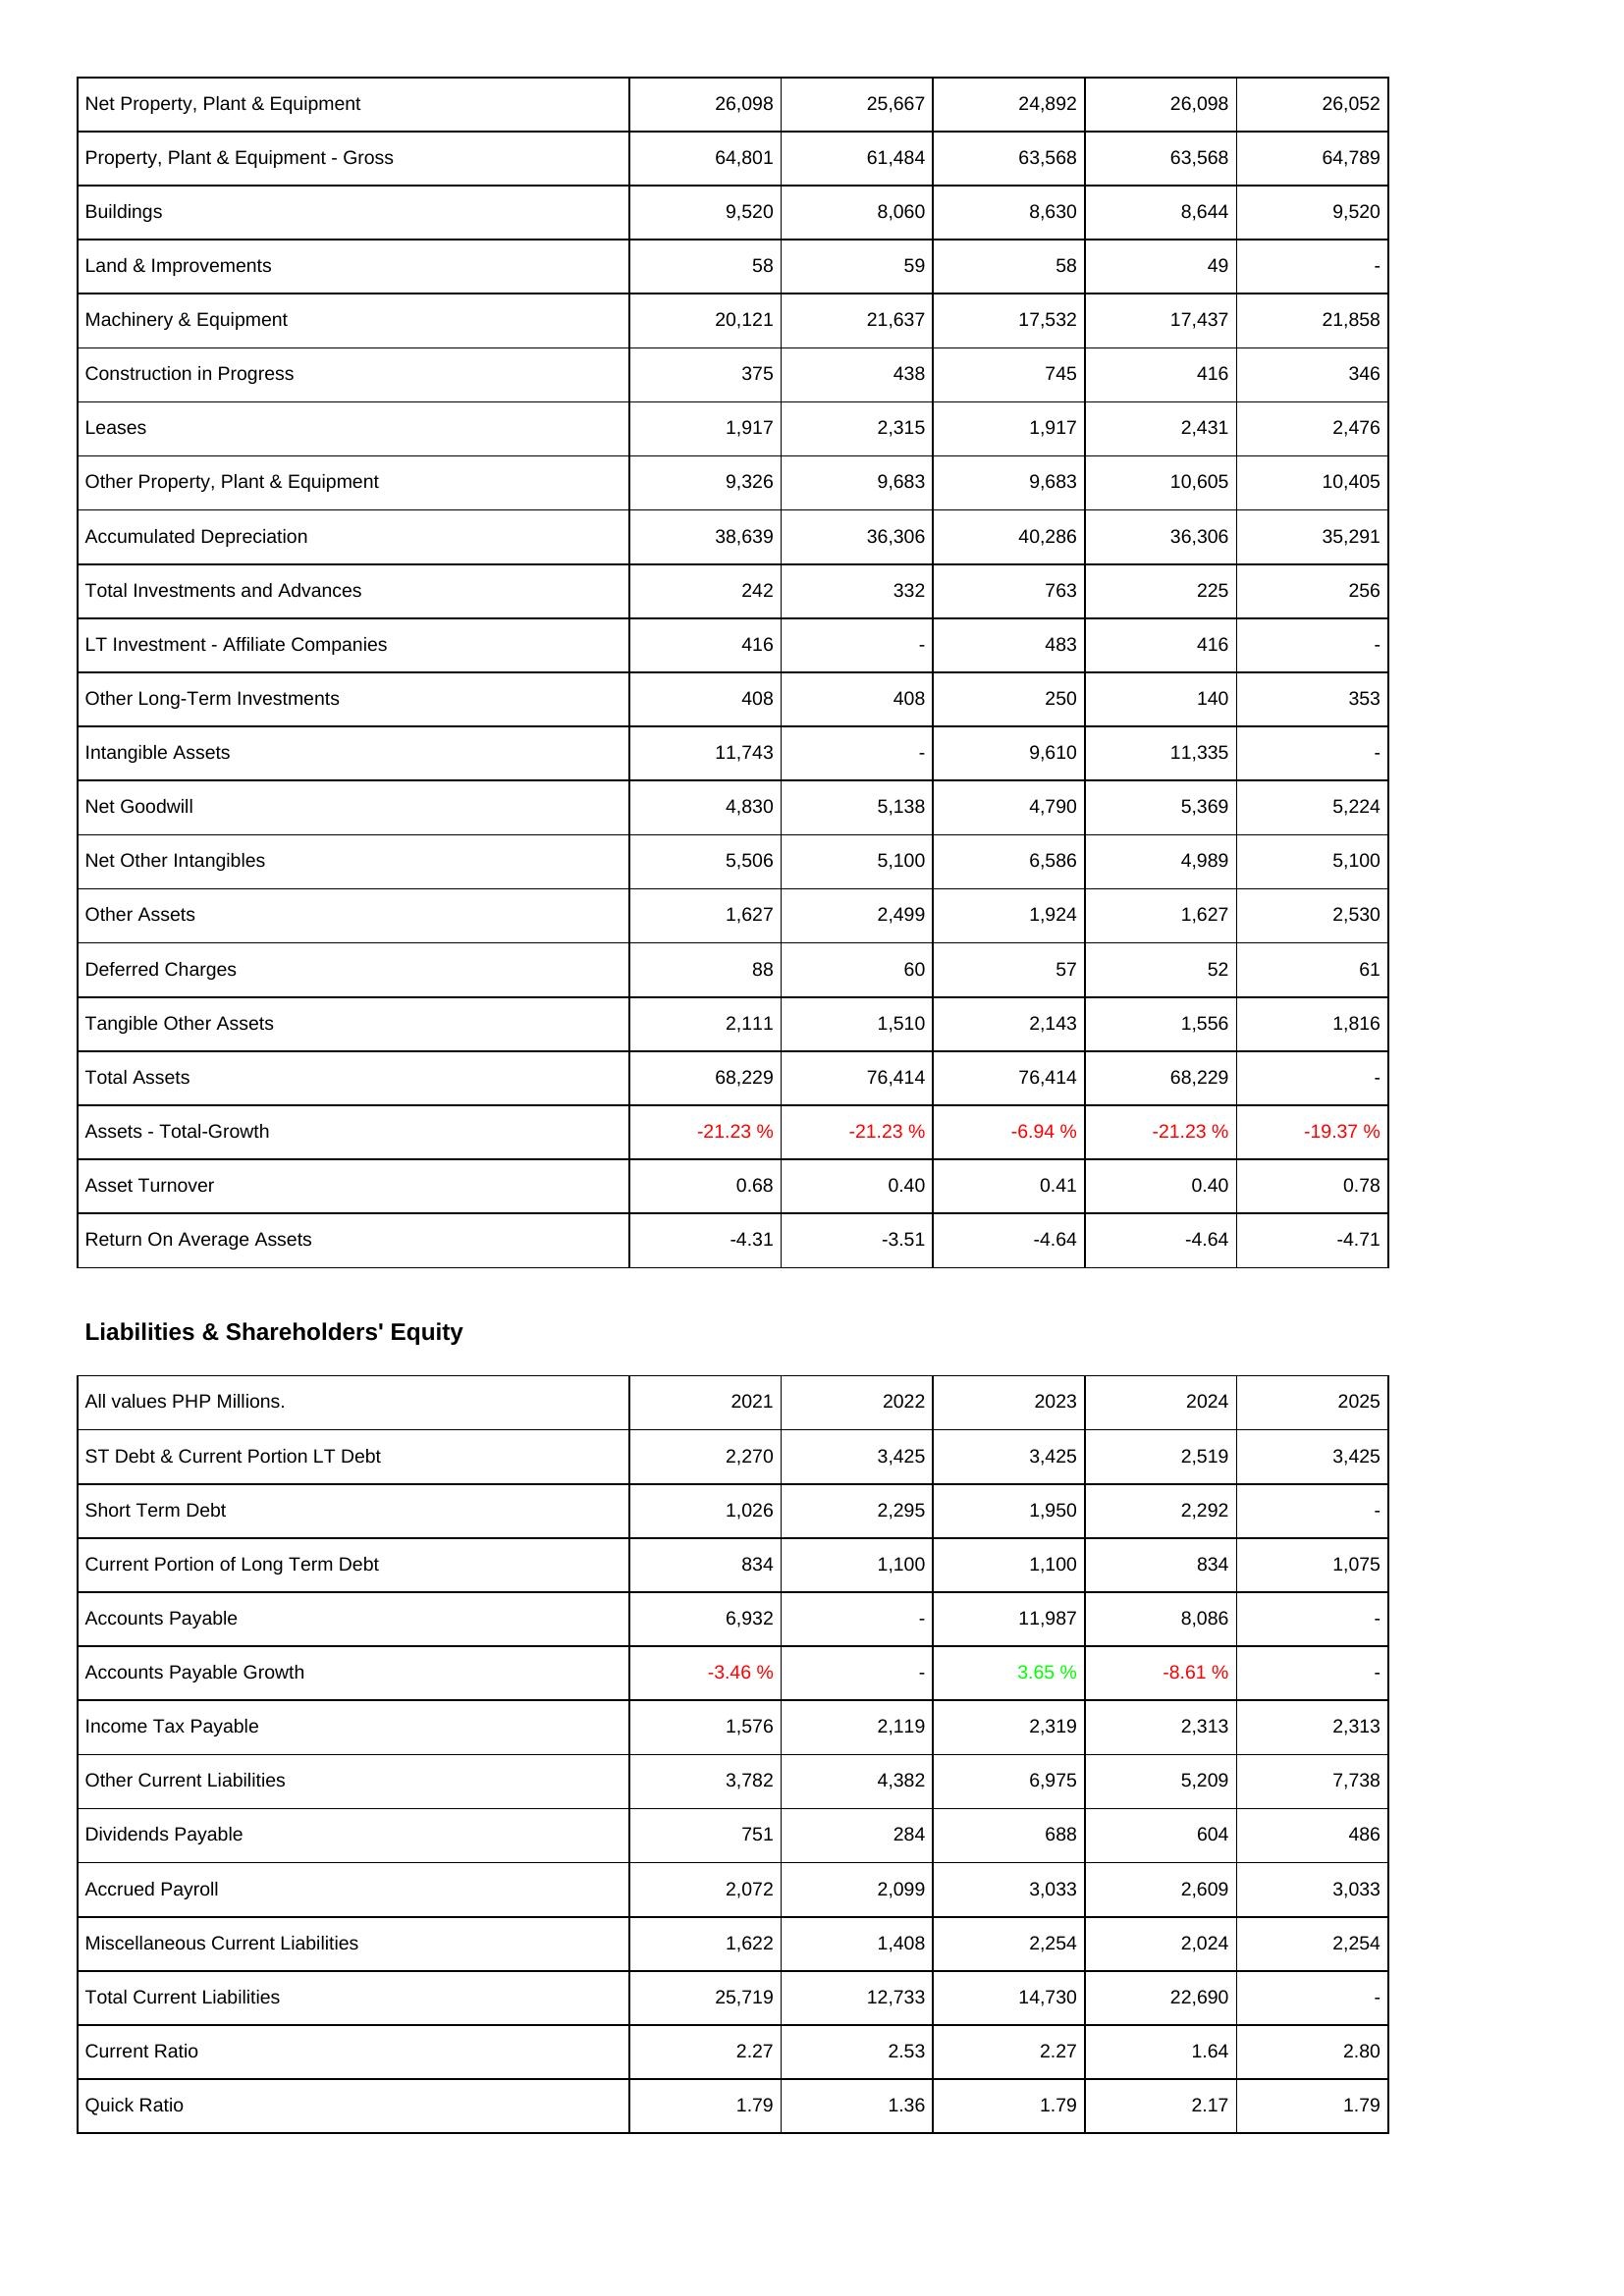
2021: Assets: Net Property, Plant & Equipment: 26,098
Property, Plant & Equipment - Gross: 64,801
Buildings: 9,520
Land & Improvements: 58
Machinery & Equipment: 20,121
Construction in Progress: 375
Leases: 1,917
Other Property, Plant & Equipment: 9,326
Accumulated Depreciation: 38,639
Total Investments and Advances: 242
LT Investment - Affiliate Companies: 416
Other Long-Term Investments: 408
Intangible Assets: 11,743
Net Goodwill: 4,830
Net Other Intangibles: 5,506
Other Assets: 1,627
Deferred Charges: 88
Tangible Other Assets: 2,111
Total Assets: 68,229
Assets - Total-Growth: -21.23 %
Asset Turnover: 0.68
Return On Average Assets: -4.31
Liabilities & Shareholders' Equity: ST Debt & Current Portion LT Debt: 2,270
Short Term Debt: 1,026
Current Portion of Long Term Debt: 834
Accounts Payable: 6,932
Accounts Payable Growth: -3.46 %
Income Tax Payable: 1,576
Other Current Liabilities: 3,782
Dividends Payable: 751
Accrued Payroll: 2,072
Miscellaneous Current Liabilities: 1,622
Total Current Liabilities: 25,719
Current Ratio: 2.27
Quick Ratio: 1.79
2022: Assets: Net Property, Plant & Equipment: 25,667
Property, Plant & Equipment - Gross: 61,484
Buildings: 8,060
Land & Improvements: 59
Machinery & Equipment: 21,637
Construction in Progress: 438
Leases: 2,315
Other Property, Plant & Equipment: 9,683
Accumulated Depreciation: 36,306
Total Investments and Advances: 332
LT Investment - Affiliate Companies: -
Other Long-Term Investments: 408
Intangible Assets: -
Net Goodwill: 5,138
Net Other Intangibles: 5,100
Other Assets: 2,499
Deferred Charges: 60
Tangible Other Assets: 1,510
Total Assets: 76,414
Assets - Total-Growth: -21.23 %
Asset Turnover: 0.40
Return On Average Assets: -3.51
Liabilities & Shareholders' Equity: ST Debt & Current Portion LT Debt: 3,425
Short Term Debt: 2,295
Current Portion of Long Term Debt: 1,100
Accounts Payable: -
Accounts Payable Growth: -
Income Tax Payable: 2,119
Other Current Liabilities: 4,382
Dividends Payable: 284
Accrued Payroll: 2,099
Miscellaneous Current Liabilities: 1,408
Total Current Liabilities: 12,733
Current Ratio: 2.53
Quick Ratio: 1.36
2023: Assets: Net Property, Plant & Equipment: 24,892
Property, Plant & Equipment - Gross: 63,568
Buildings: 8,630
Land & Improvements: 58
Machinery & Equipment: 17,532
Construction in Progress: 745
Leases: 1,917
Other Property, Plant & Equipment: 9,683
Accumulated Depreciation: 40,286
Total Investments and Advances: 763
LT Investment - Affiliate Companies: 483
Other Long-Term Investments: 250
Intangible Assets: 9,610
Net Goodwill: 4,790
Net Other Intangibles: 6,586
Other Assets: 1,924
Deferred Charges: 57
Tangible Other Assets: 2,143
Total Assets: 76,414
Assets - Total-Growth: -6.94 %
Asset Turnover: 0.41
Return On Average Assets: -4.64
Liabilities & Shareholders' Equity: ST Debt & Current Portion LT Debt: 3,425
Short Term Debt: 1,950
Current Portion of Long Term Debt: 1,100
Accounts Payable: 11,987
Accounts Payable Growth: 3.65 %
Income Tax Payable: 2,319
Other Current Liabilities: 6,975
Dividends Payable: 688
Accrued Payroll: 3,033
Miscellaneous Current Liabilities: 2,254
Total Current Liabilities: 14,730
Current Ratio: 2.27
Quick Ratio: 1.79
2024: Assets: Net Property, Plant & Equipment: 26,098
Property, Plant & Equipment - Gross: 63,568
Buildings: 8,644
Land & Improvements: 49
Machinery & Equipment: 17,437
Construction in Progress: 416
Leases: 2,431
Other Property, Plant & Equipment: 10,605
Accumulated Depreciation: 36,306
Total Investments and Advances: 225
LT Investment - Affiliate Companies: 416
Other Long-Term Investments: 140
Intangible Assets: 11,335
Net Goodwill: 5,369
Net Other Intangibles: 4,989
Other Assets: 1,627
Deferred Charges: 52
Tangible Other Assets: 1,556
Total Assets: 68,229
Assets - Total-Growth: -21.23 %
Asset Turnover: 0.40
Return On Average Assets: -4.64
Liabilities & Shareholders' Equity: ST Debt & Current Portion LT Debt: 2,519
Short Term Debt: 2,292
Current Portion of Long Term Debt: 834
Accounts Payable: 8,086
Accounts Payable Growth: -8.61 %
Income Tax Payable: 2,313
Other Current Liabilities: 5,209
Dividends Payable: 604
Accrued Payroll: 2,609
Miscellaneous Current Liabilities: 2,024
Total Current Liabilities: 22,690
Current Ratio: 1.64
Quick Ratio: 2.17
2025: Assets: Net Property, Plant & Equipment: 26,052
Property, Plant & Equipment - Gross: 64,789
Buildings: 9,520
Land & Improvements: -
Machinery & Equipment: 21,858
Construction in Progress: 346
Leases: 2,476
Other Property, Plant & Equipment: 10,405
Accumulated Depreciation: 35,291
Total Investments and Advances: 256
LT Investment - Affiliate Companies: -
Other Long-Term Investments: 353
Intangible Assets: -
Net Goodwill: 5,224
Net Other Intangibles: 5,100
Other Assets: 2,530
Deferred Charges: 61
Tangible Other Assets: 1,816
Total Assets: -
Assets - Total-Growth: -19.37 %
Asset Turnover: 0.78
Return On Average Assets: -4.71
Liabilities & Shareholders' Equity: ST Debt & Current Portion LT Debt: 3,425
Short Term Debt: -
Current Portion of Long Term Debt: 1,075
Accounts Payable: -
Accounts Payable Growth: -
Income Tax Payable: 2,313
Other Current Liabilities: 7,738
Dividends Payable: 486
Accrued Payroll: 3,033
Miscellaneous Current Liabilities: 2,254
Total Current Liabilities: -
Current Ratio: 2.80
Quick Ratio: 1.79